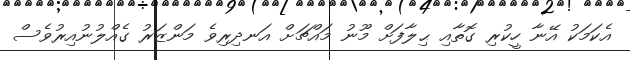
އެކަމަކު އޭނާ ހީކުރި ގޮތާއި ޙިލާފަށް މޫނު މައްޗަށް އަނދިރިވެ މަންޒަރު ގެއްލުނުއިރުވެސް